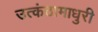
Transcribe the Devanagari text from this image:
उत्कंठामाधुरी